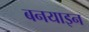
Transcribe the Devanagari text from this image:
बनयाइन